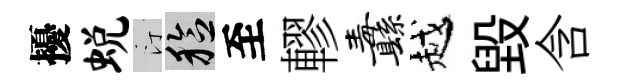
擾蜕汀稔至轇纛越毁含